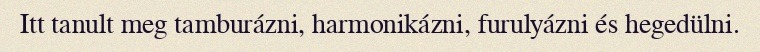
Itt tanult meg tamburázni, harmonikázni, furulyázni és hegedülni.